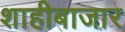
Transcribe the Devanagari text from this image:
शाहीबाजार